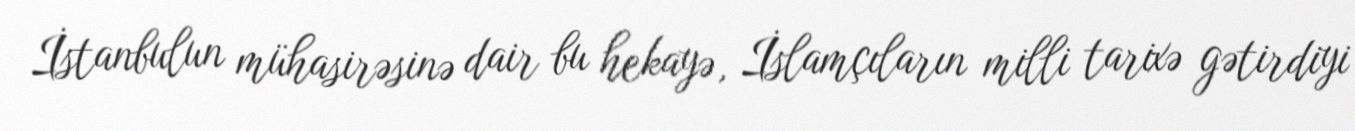
İstanbulun mühasirəsinə dair bu hekayə, İslamçıların milli tarixə gətirdiyi